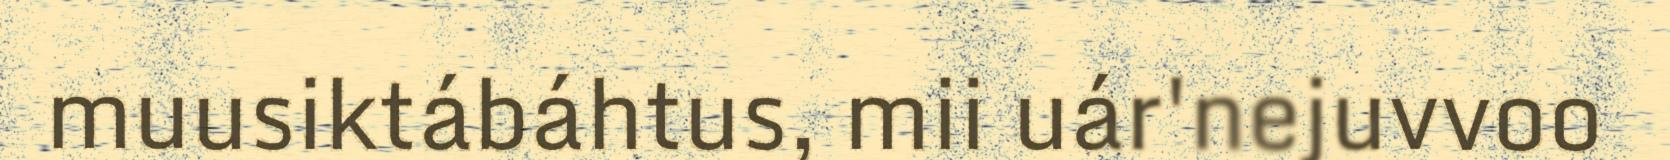
muusiktábáhtus, mii uár'nejuvvoo